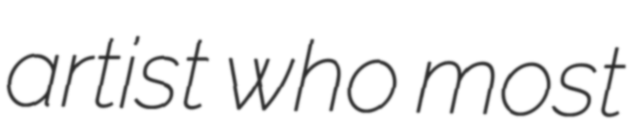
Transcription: artist who most